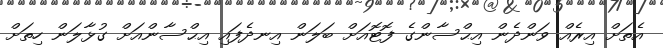
އެތަށް އިރެއް ވަންދެން އިޙްސާންގެ ފޮޓޮއަށް ބަލަން އިނދެފައި އިޙްސާންއަށް ގުޅާލަން ހިތަށް